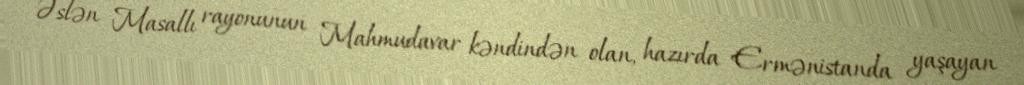
Əslən Masallı rayonunun Mahmudavar kəndindən olan, hazırda Ermənistanda yaşayan